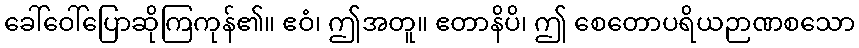
ခေါ်ဝေါ်ပြောဆိုကြကုန်၏။ ဧဝံ၊ ဤအတူ။ ဧတာနိပိ၊ ဤ စေတောပရိယဉာဏစသော